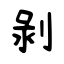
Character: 剝